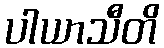
ပါယာသီတိ